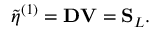
\tilde { \eta } ^ { ( 1 ) } = \mathbf { D } \mathbf { V } = \mathbf { S } _ { L } .